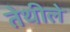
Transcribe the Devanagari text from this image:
तेथीले